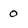
Character: 0